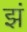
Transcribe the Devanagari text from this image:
झं